Manual of the Civil Veterinary Department, Central Provinces and Berar
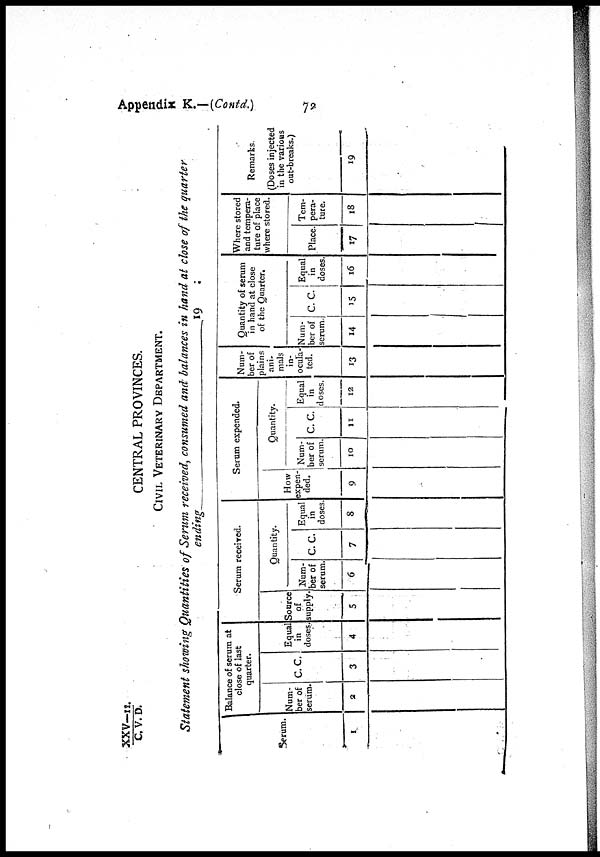
Appendix K.—(Contd.)
72
XXV—11./C.
V. D.
CENTRAL PROVINCES.
CIVIL VETERINARY DEPARTMENT.
Statement showing Quantities of Serum received, consumed and balances in hand at close of the quarter
ending—19
1
Serum.
1
Balance of serum at
close of last
quarter.
Num-
ber of
serum.
2
c.c.
3
Equal
in
doses.
4
Serum received.
Source
of
supply.
5
Quantity.
Num-
ber of
serum.
6
C.C.
7
Equal
in
doses.
8
Serum expended.
How
expen-
ded.
9
Quantity.
Num-
ber of
serum.
10
C.C.
11
Equal
in
doses.
12
Num-
ber of
plains
ani-
mals
in-
ocula-
ted.
13
Quantity of serum
in hand at close
of the Quarter.
Num-
ber of
scrum.
14
c.c.
15
Equal
in
doses.
16
Where stored
and tempera-
ture of place
where stored.
Place.
17
Tem-
pera-
ture.
18
Remarks.
(Doses injected
in the various
out-breaks.)
19